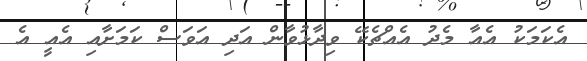
އެކަމަކު އެއާ މެދު އެއްޗެކޭ ވިދާޅުވާން އަދި އަވަސް ކަމަށާއި އެއީ އެ